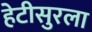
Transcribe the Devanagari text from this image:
हेटीसुरला